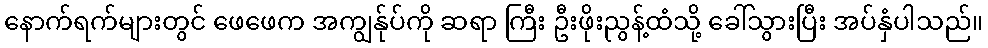
နောက်ရက်များတွင် ဖေဖေက အကျွန်ုပ်ကို ဆရာ ကြီး ဦးဖိုးညွန့်ထံသို့ ခေါ်သွားပြီး အပ်နှံပါသည်။